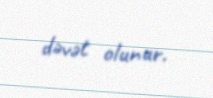
dəvət olunur.